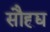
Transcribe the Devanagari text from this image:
सौह्र्द्य